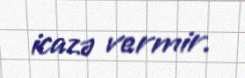
icazə vermir.